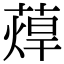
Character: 蔊